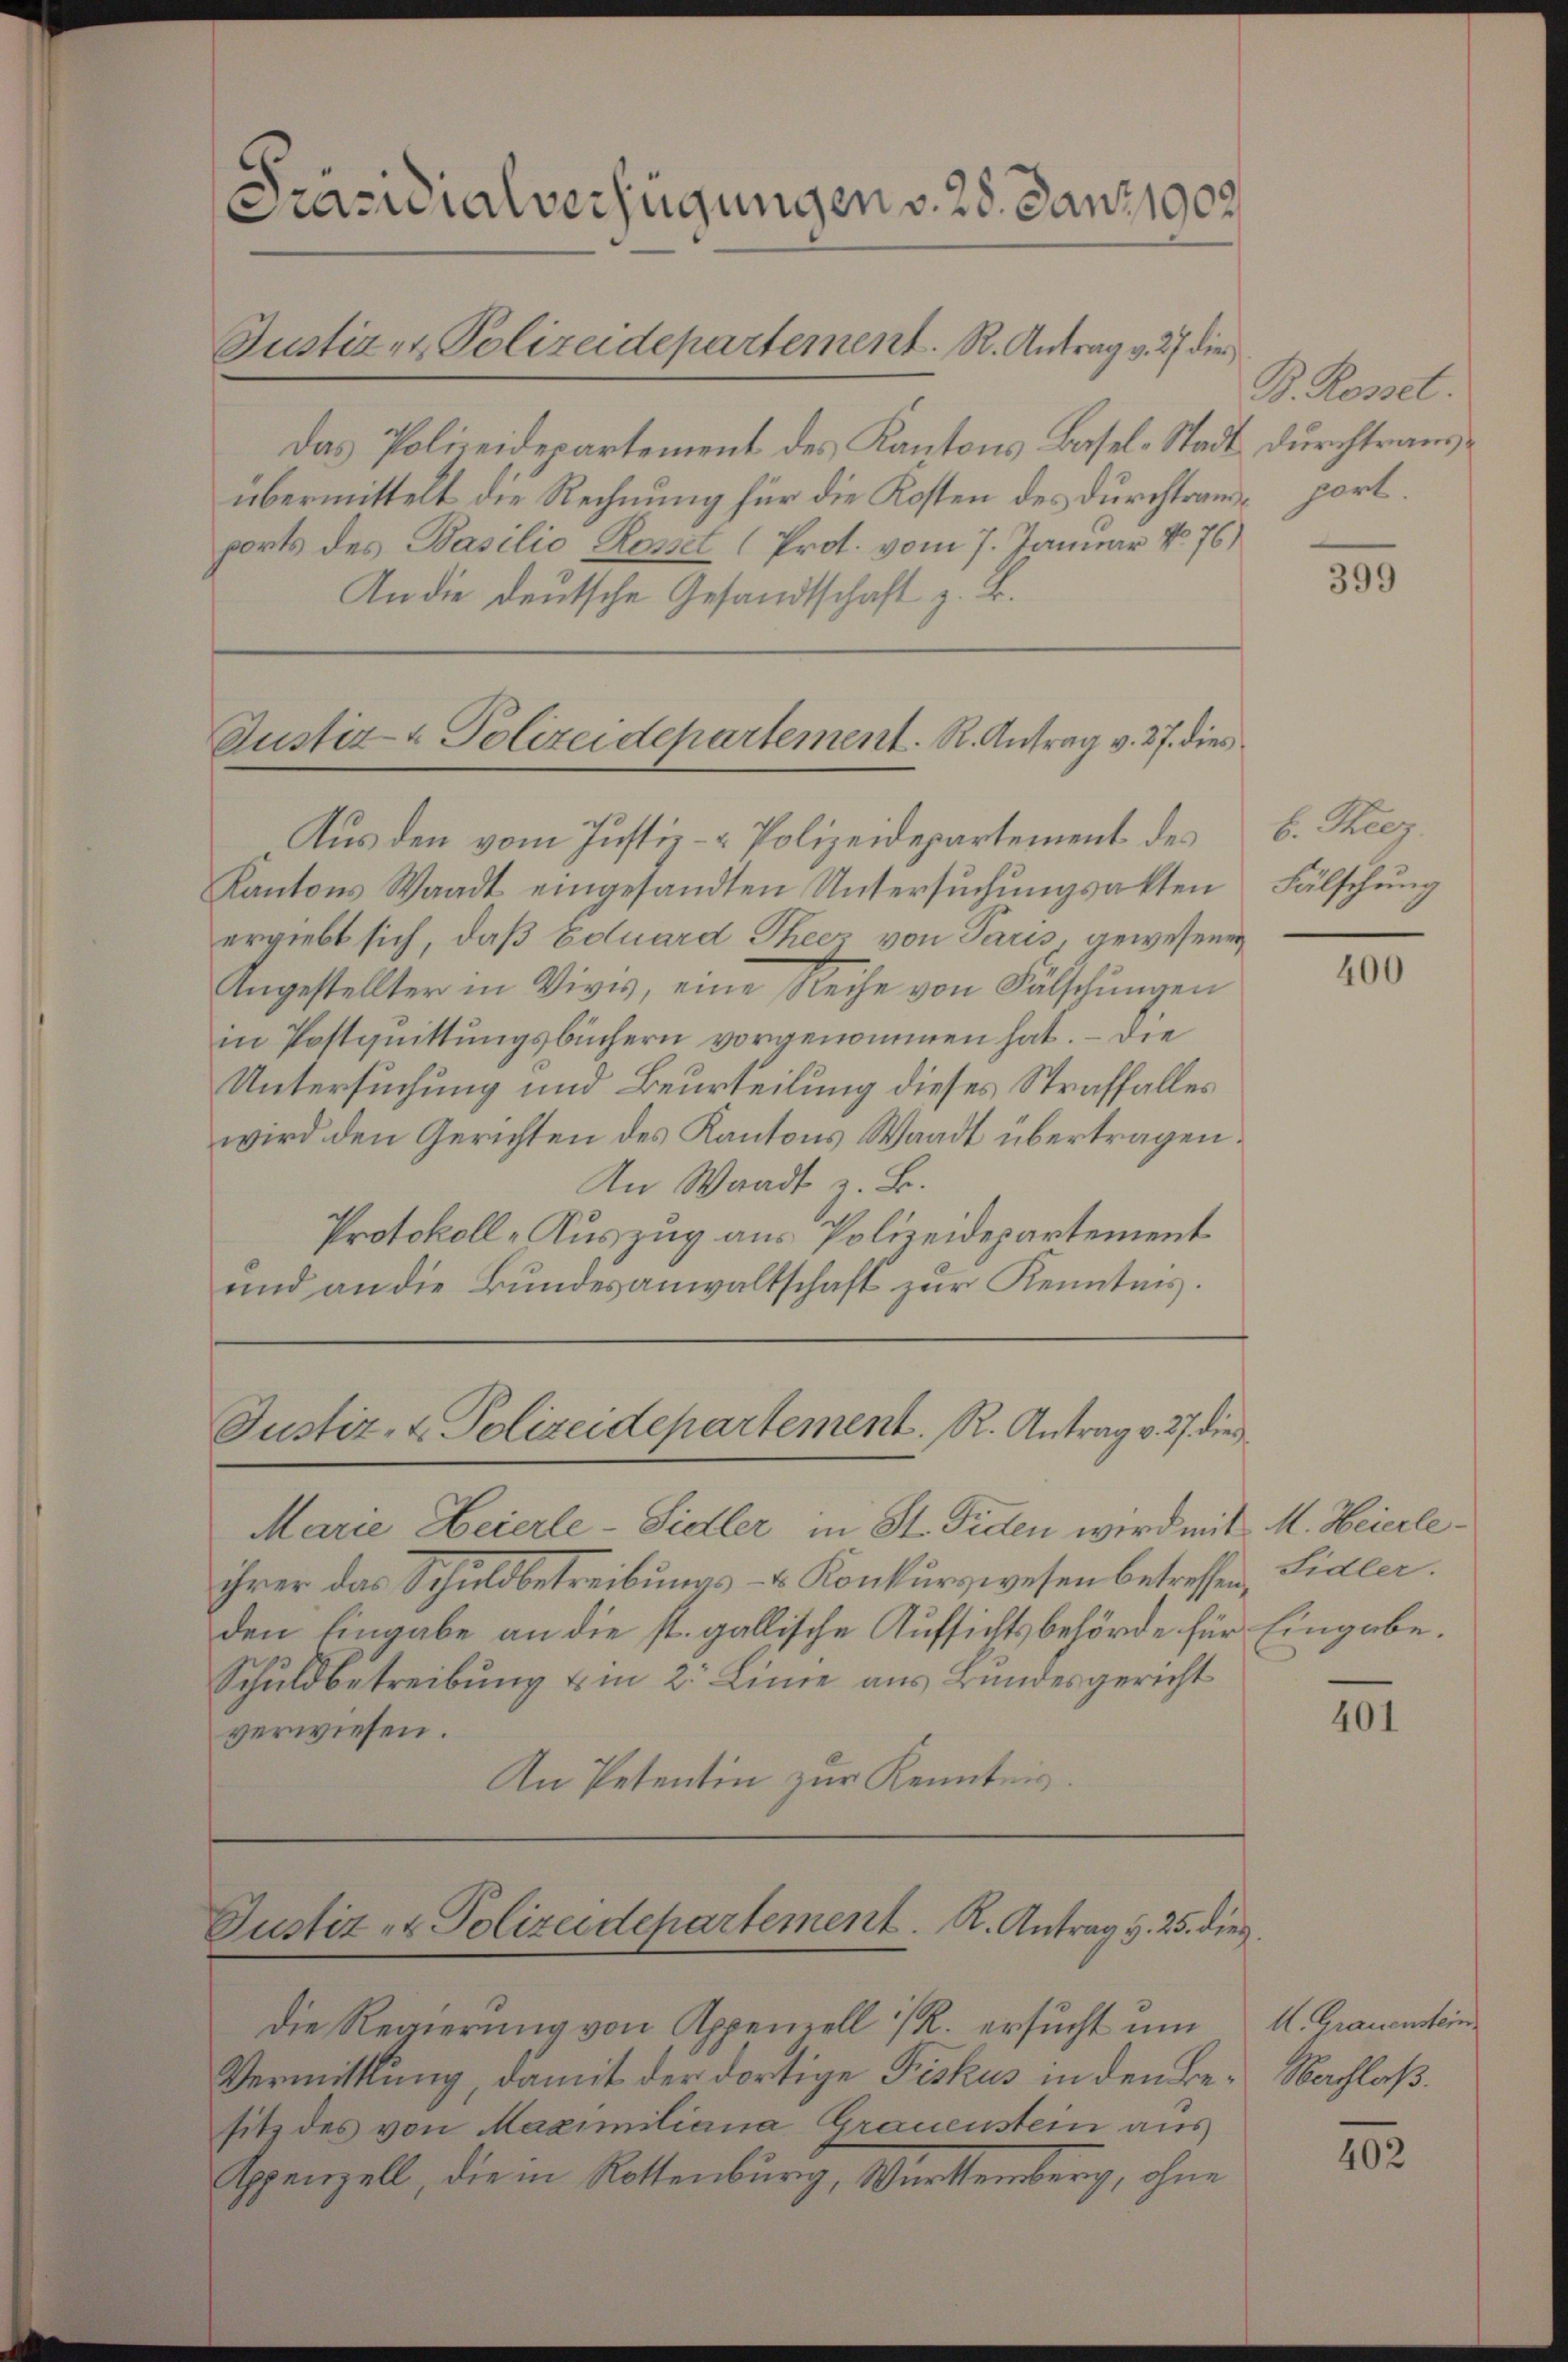
Präsidialverfügungen v. 28. Janz 1908.
Justiz- & Polizeidepartement. R. Antrag v. 27 die

Das Polizeidepartement des Kantons Basel-Stadt durchtrausübermittelt die Rechnung für die Kosten des durchtransport
ports des Basilio Rosset (Prot. vom 7. Januar No 76
An die deutsche Gesandtschaft z. B.

Aus den vom Justiz- & Polizeidepartement des
Kantons Waadt eingesandten Untersŭchŭngsakten
ergiebt sich, daß Eduard Theer von Paris, gewesenen
Angestellter in Vivis, eine Reihe von Fälschungen
in Postquittungsbüchern vorgenommen hat. – Die
Untersuchung und Beurteilung dieses Straffalles
wird den Gerichten des Kantons Waadt übertragen.
An Waadt z. B.
Protokoll-Auszug aus Polizeidepartement
und an die Bundesanwaltschaft zur Kenntnis.

Justiz & Polizeidepartement. R. Antrag v. 27. dies

die Regierung von Appenzell I/R. ersucht um
Vermittlung, damit der dortige Fiskus in den Besitz des von Maximiliana Grauenstein aus
Appenzell, die in Rottenburg, Württemberg, ohne

Justiz- & Polizeidepartement. R. Antrag v. 27. die

Marie Heierle-Sidler in St. Fiden wird mit M. Heierleihrer das Schuldbetreibungs- & Konkurswesen betreffen, Sidler.
den Eingabe an die st. gallische Aufsichtsbehörde für Eingabe.
Schuldbetreibung um 2. Linie aus Bundesgericht
verwiesen.
An Petentin zur Kenntnis.

Justiz- & Polizeidepartement. R. Antrag v. 25. dies

B. Rosset.

399

b. Theez.
Fälschung

400

401

H. Grauenstein
Nachlaß.

402